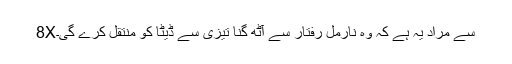
8Xسے مراد یہ ہے کہ وہ نارمل رفتار سے آٹھ گنا تیزی سے ڈیٹا کو منتقل کرے گی۔